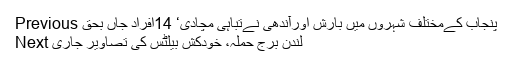
Previous پنجاب کےمختلف شہروں میں بارش اورآندھی نےتباہی مچادی‘ 14افراد جاں بحق
Next لندن برج حملہ، خودکش بیلٹس کی تصاویر جاری